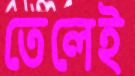
তেলেই